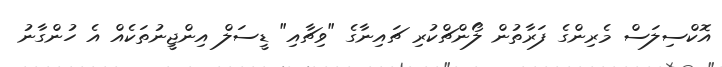
އޮކްސިލަސް މެރިންގެ ފަރާތުން ލޯންޗްކުރި ޗައިނާގެ "ވިޗާއި" ޑީސަލް އިންޖީނުތަކެއް އެ ހުންގާނު